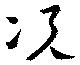
况